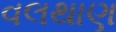
વલથાણ